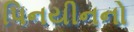
પિનયીનનો